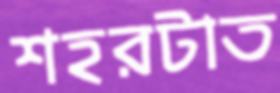
শহরটাত